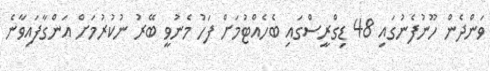
ވަންދެން ހޫނުފެނުގައި 48 ޑިގްރީސްގައި ބެހެއްޓުމަށް ފަހު މެނުވީ ބޭރު ނުކުރުމަށް އަންގާފައިވާނެ